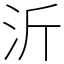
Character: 沂